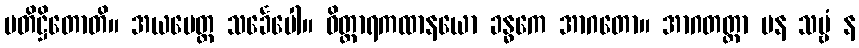
ပတိဋ္ဌိတောတိ။ အယမေတ္ထ သင်္ခေပေါ။ ဝိတ္ထာရကထာနယော ခန္ဓကေ အာဂတော။ အာဂတတ္တာ ပန သဗ္ဗံ န